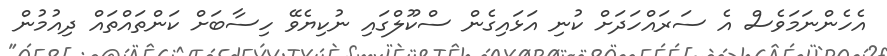
އެހެންނަމަވެސް އެ ސަރައްހަދަށް ކުނި އަޅައިގެން ސްކޫލްގައި ނުކިޔެވޭ ހިސާބަށް ކަންތައްތައް ދިއުމުން